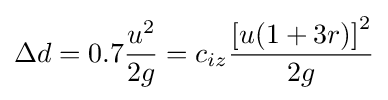
\Delta d=0.7{\frac {u^{2}}{2g}}=c_{iz}{\frac {\left[u(1+3r)\right]^{2}}{2g}}